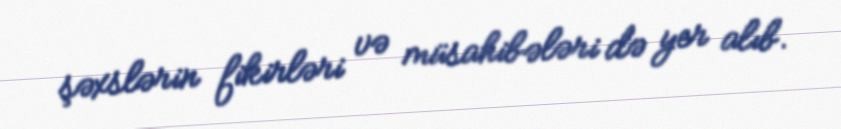
şəxslərin fikirləri və müsahibələri də yer alıb.